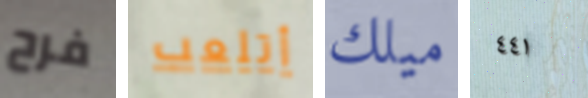
فرح أتلعب ميلك ٤٤١